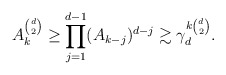
\begin{align*}A_k^{\binom d2} \geq \prod_{j = 1}^{d - 1} (A_{k - j})^{d - j} \gtrsim \gamma_d^{k\binom d2}.\end{align*}